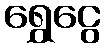
ရွှေငွေ